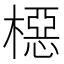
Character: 𬄚